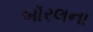
બૉરલના